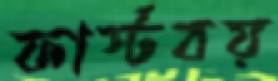
ফার্স্টবয়